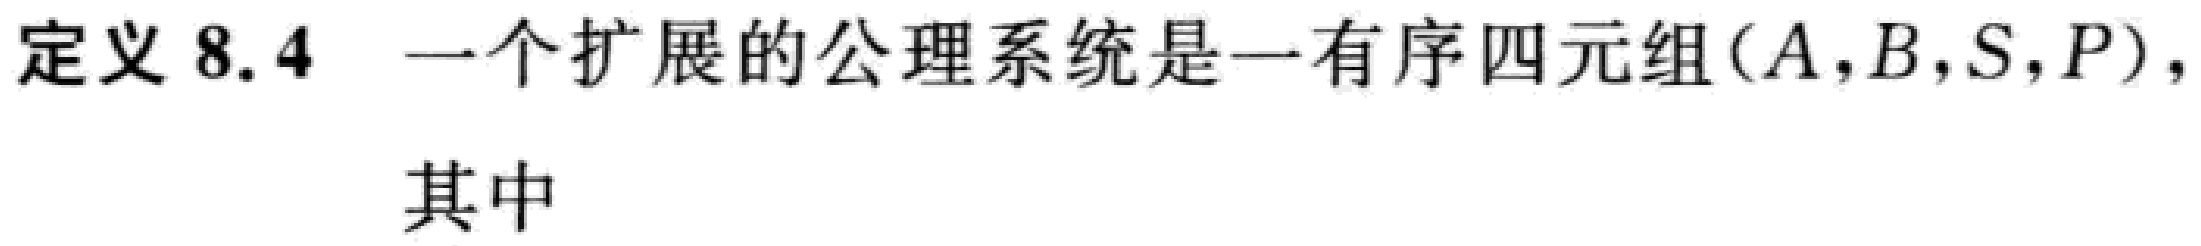
定义 8.4 一个扩展的公理系统是一有序四元组$(A,B,S,P),$

其中